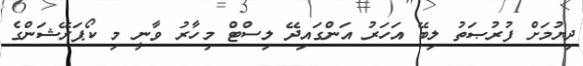
ދިޔުމަށް ފުރުޞަތު ލިބޭ އަހަރު އަންގައިދޭ ލިސްޓް މިހާރު ވާނީ މި ކޯޕަރޭޝަންގެ